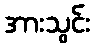
အားသွင်း